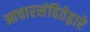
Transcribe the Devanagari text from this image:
आचारसंहितेद्वारे